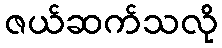
ဇယ်ဆက်သလို